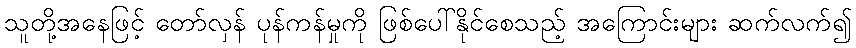
သူတို့အနေဖြင့် တော်လှန် ပုန်ကန်မှုကို ဖြစ်ပေါ်နိုင်စေသည့် အကြောင်းများ ဆက်လက်၍